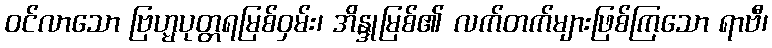
ဝင်လာသော ဗြဟ္မပုတ္တရမြစ်ဝှမ်း၊ အိန္ဒုမြစ်၏ လက်တက်များဖြစ်ကြသော ရာဗီ၊